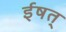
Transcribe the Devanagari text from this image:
ईषत्‌